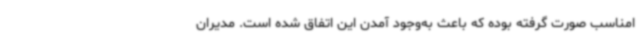
امناسب صورت گرفته بوده که باعث به‌وجود آمدن این اتفاق شده است. مدیران